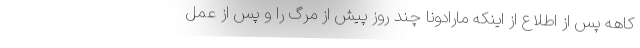
کاهه پس از اطلاع از اینکه مارادونا چند روز پیش از مرگ را و پس از عمل